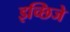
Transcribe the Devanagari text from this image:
इच्छिजे